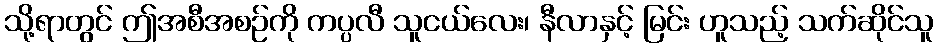
သို့ရာတွင် ဤအစီအစဉ်ကို ကပ္ပလီ သူငယ်လေး၊ နီလာနှင့် မြင်း ဟူသည့် သက်ဆိုင်သူ